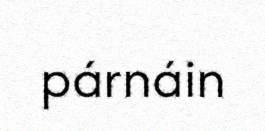
párnáin